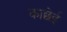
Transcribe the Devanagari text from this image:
काछेई